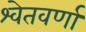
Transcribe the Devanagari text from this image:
श्वेतवर्णां